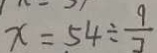
x = 5 4 \div \frac { 9 } { 7 }